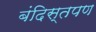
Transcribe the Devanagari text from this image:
बंदिस्तपण